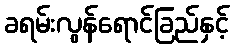
ခရမ်းလွန်ရောင်ခြည်နှင့်